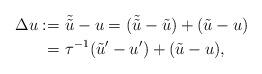
LaTeX: \begin{align*}\Delta u :=&\ \tilde{\tilde{u}} - u=(\tilde{\tilde{u}} -\tilde{u})+(\tilde{u}- u)\\ =&\ \tau^{-1}(\tilde{u}'-u') + (\tilde{u}-u), \end{align*}